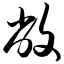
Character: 敝